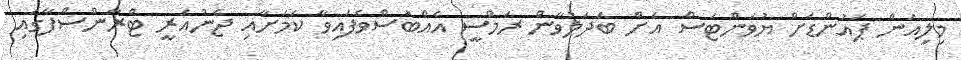
މިލިއަން ޕައުންޑަށް ޔުވަންޓަސް އަށް ބަދަލުވާން ރަމްސީ އެއްބަސްވެފައިވާ ކަމަށާއި ޖެނުއަރީ ޓްރާންސްފާގައި